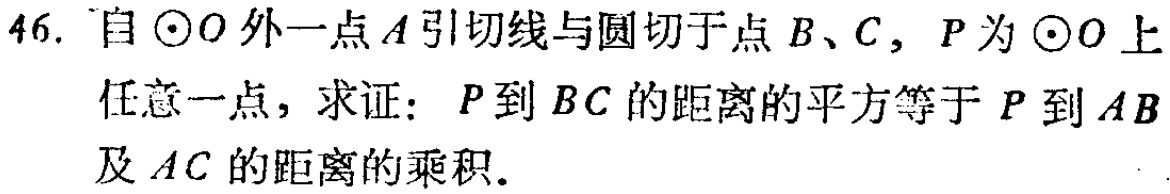
46. 自\(\odot O\)外一点\(A\)引切线与圆切于点\(B\)、\(C\)，\(P\)为\(\odot O\)上任意一点，求证：\(P\)到\(BC\)的距离的平方等于\(P\)到\(AB\)及\(AC\)的距离的乘积.